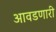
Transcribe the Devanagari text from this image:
आवडणारी